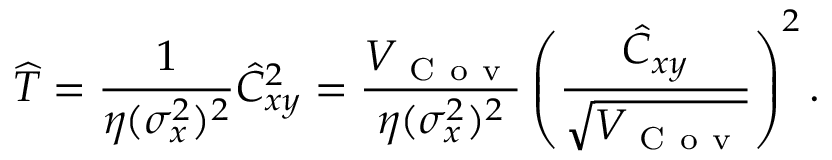
\widehat { T } = \frac { 1 } { \eta ( \sigma _ { x } ^ { 2 } ) ^ { 2 } } \hat { C } _ { x y } ^ { 2 } = \frac { V _ { \mathrm { ~ C ~ o ~ v ~ } } } { \eta ( \sigma _ { x } ^ { 2 } ) ^ { 2 } } \left( \frac { \hat { C } _ { x y } } { \sqrt { V _ { \mathrm { ~ C ~ o ~ v ~ } } } } \right) ^ { 2 } .